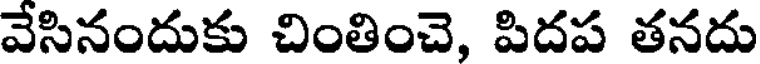
వేసినందుకు చింతించె, పిదప తనదు